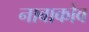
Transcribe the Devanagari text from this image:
नाबाकोव